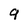
Character: 9